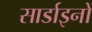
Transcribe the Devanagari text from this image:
सार्डाइनों